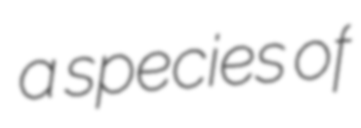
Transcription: a species of